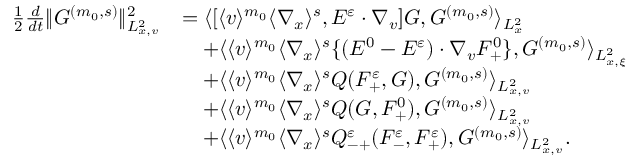
\begin{array} { r l } { \frac { 1 } { 2 } \frac { d } { d t } \| G ^ { ( m _ { 0 } , s ) } \| _ { L _ { x , v } ^ { 2 } } ^ { 2 } } & { = \langle [ \langle v \rangle ^ { m _ { 0 } } \langle \nabla _ { x } \rangle ^ { s } , E ^ { \varepsilon } \cdot \nabla _ { v } ] G , G ^ { ( m _ { 0 } , s ) } \rangle _ { L _ { x } ^ { 2 } } } \\ & { \quad + \langle \langle v \rangle ^ { m _ { 0 } } \langle \nabla _ { x } \rangle ^ { s } \{ ( E ^ { 0 } - E ^ { \varepsilon } ) \cdot \nabla _ { v } F _ { + } ^ { 0 } \} , G ^ { ( m _ { 0 } , s ) } \rangle _ { L _ { x , \xi } ^ { 2 } } } \\ & { \quad + \langle \langle v \rangle ^ { m _ { 0 } } \langle \nabla _ { x } \rangle ^ { s } Q ( F _ { + } ^ { \varepsilon } , G ) , G ^ { ( m _ { 0 } , s ) } \rangle _ { L _ { x , v } ^ { 2 } } } \\ & { \quad + \langle \langle v \rangle ^ { m _ { 0 } } \langle \nabla _ { x } \rangle ^ { s } Q ( G , F _ { + } ^ { 0 } ) , G ^ { ( m _ { 0 } , s ) } \rangle _ { L _ { x , v } ^ { 2 } } } \\ & { \quad + \langle \langle v \rangle ^ { m _ { 0 } } \langle \nabla _ { x } \rangle ^ { s } Q _ { - + } ^ { \varepsilon } ( F _ { - } ^ { \varepsilon } , F _ { + } ^ { \varepsilon } ) , G ^ { ( m _ { 0 } , s ) } \rangle _ { L _ { x , v } ^ { 2 } } . } \end{array}